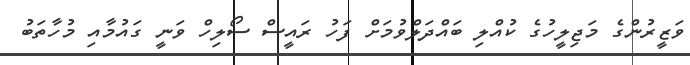
ވަޒީރުންގެ މަޖިލީހުގެ ކުއްލި ބައްދަލްވުމަށް ފަހު ރައީސް ސޯލިހް ވަނީ ގައުމާއި މުހާތަބު